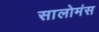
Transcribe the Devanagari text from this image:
सालोमंस